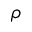
\rho